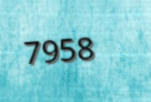
7958